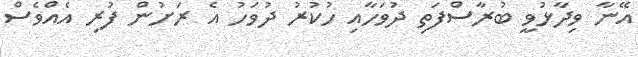
އޭނާ ވިދާޅުވީ ބުރާސްފަތި ދުވަހާއި ހުކުރު ދުވަހު އެ ރަށުން ފުރި އެއްވެސް